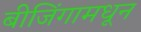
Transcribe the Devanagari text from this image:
बीजिंगामधून